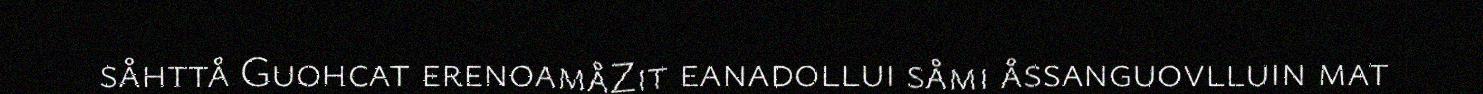
såhttå Guohcat erenoamåZit eanadollui såmi åssanguovlluin mat